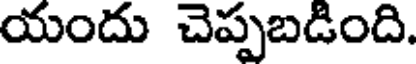
యందు చెప్పబడింది.